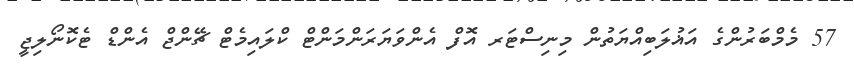
57 މެމްބަރުންގެ އަޣުލަބިއްޔަތުން މިނިސްޓަރ އޮފް އެންވަޔަރަންމަންޓް ކްލައިމެޓް ޗޭންޖް އެންޑް ޓެކޮނޯލިޖީ